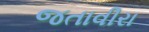
જતાવીરા